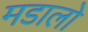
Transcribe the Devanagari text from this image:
मडालो